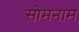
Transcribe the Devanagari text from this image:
सोमनाम